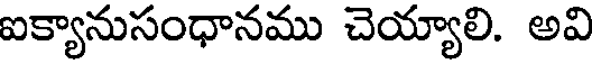
ఐక్యానుసంధానము చెయ్యాలి. అవి